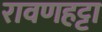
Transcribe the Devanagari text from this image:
रावणहट्टा